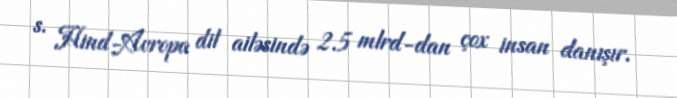
s. Hind-Avropa dil ailəsində 2.5 mlrd-dan çox insan danışır.